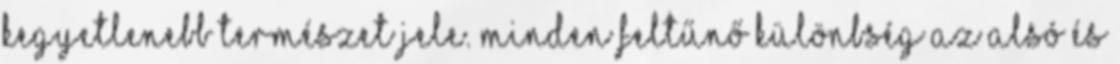
kegyetlenebb természet jele. Minden feltűnő különbség az alsó és